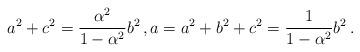
LaTeX: \begin{align*} a^2+c^2 = \frac{\alpha^2}{1-\alpha^2} b^2\, , a=a^2+b^2+c^2 = \frac{1}{1-\alpha^2} b^2\, .\end{align*}